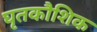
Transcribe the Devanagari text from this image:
घृतकौशिक